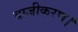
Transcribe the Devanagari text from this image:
वाजीकरण।